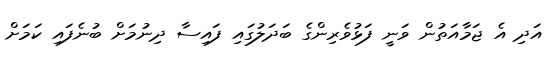
އަދި އެ ޖަމާއަތުން ވަނީ ފަޅުވެރިންގެ ބަދަލުގައި ފައިސާ ދިނުމަށް ބުނެފައި ކަމަށް